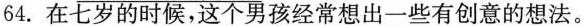
64.在七岁的时候，这个男孩经常想出一些有创意的想法。